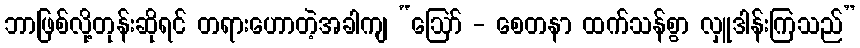
ဘာဖြစ်လို့တုန်းဆိုရင် တရားဟောတဲ့အခါကျ “ဩော် - စေတနာ ထက်သန်စွာ လှူဒါန်းကြသည်”